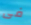
فى